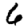
Digit: 6